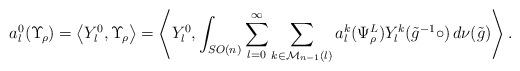
LaTeX: \begin{align*}a_l^0(\Upsilon_{\!\rho})&=\left<Y_l^0,\Upsilon_{\!\rho}\right> =\left<Y_l^0,\int_{SO(n)}\sum_{l=0}^\infty\sum_{k\in\mathcal M_{n-1}(l)}a_l^k(\Psi_\rho^L)Y_l^k(\tilde g^{-1}\circ)\,d\nu(\tilde g)\right>.\end{align*}